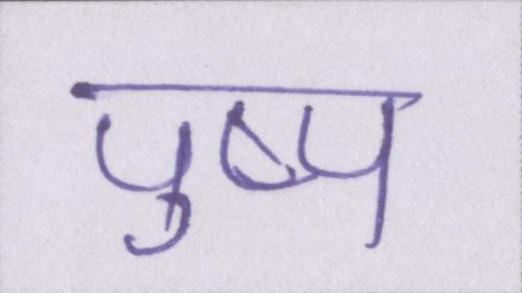
पुष्प